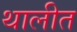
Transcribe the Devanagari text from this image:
थालीत